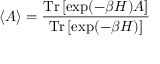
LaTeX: \langle A \rangle = { \frac { { \mathrm { T r } } \, [ \exp ( - \beta H ) A ] } { { \mathrm { T r } } \, [ \exp ( - \beta H ) ] } }